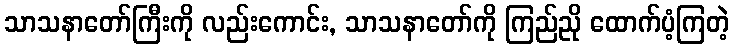
သာသနာတော်ကြီးကို လည်းကောင်း, သာသနာတော်ကို ကြည်ညို ထောက်ပံ့ကြတဲ့